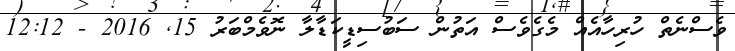
ވެސްނެތް ހުރިހާއެއް މެގެވެސް އަތުން ސަބުސިޑީކަޑާލާ ނޮވެމްބަރު 15